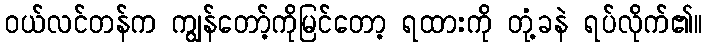
ဝယ်လင်တန်က ကျွန်တော့်ကိုမြင်တော့ ရထားကို တုံ့ခနဲ ရပ်လိုက်၏။